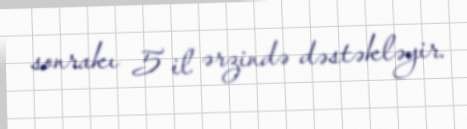
sonrakı 5 il ərzində dəstəkləyir.